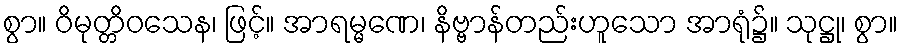
စွာ။ ဝိမုတ္တိဝသေန၊ ဖြင့်။ အာရမ္မဏေ၊ နိဗ္ဗာန်တည်းဟူသော အာရုံ၌။ သုဋ္ဌု၊ စွာ။